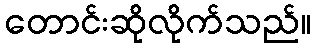
တောင်းဆိုလိုက်သည်။